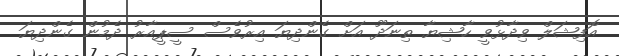
އޮފިޝަލް ވިދާޅުވީ ހާޝިޔާ ތިނަދޫ އަށް ގެންދިޔަ އިރުވެސް ސީޕީއާރު ދެމުން ގެންދިޔަ